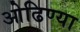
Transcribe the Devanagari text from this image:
ओढिण्या